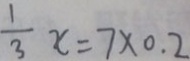
\frac { 1 } { 3 } x = 7 \times 0 . 2